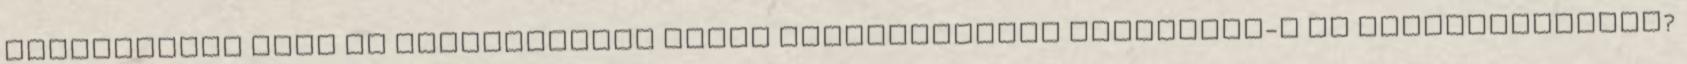
vizsgálatok Vágy és kielégültség közti összefüggések Valóságos-e az önaktualizáció?